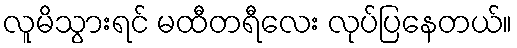
လူမိသွားရင် မထီတရီလေး လုပ်ပြနေတယ်။